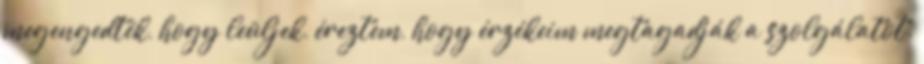
megengedték, hogy leüljek, éreztem, hogy érzékeim megtagadják a szolgálatot.